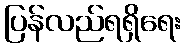
ပြန်လည်ရရှိရေး